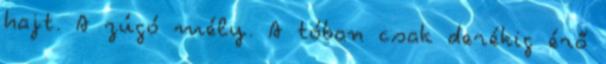
hajt. A zúgó mély. A tóban csak derékig érő